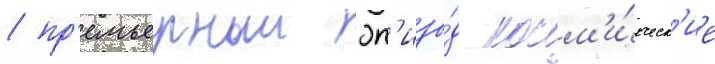
/ пр'емьерныи эп'изо́д косм'и́ческ'ие